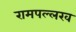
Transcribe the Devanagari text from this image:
रामपल्लख